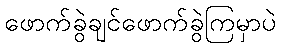
ဖောက်ခွဲချင်ဖောက်ခွဲကြမှာပဲ